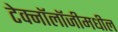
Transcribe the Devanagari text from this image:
टेक्नॉलॉजीमधील